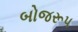
બોજરૂપ